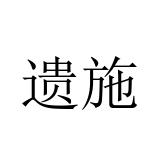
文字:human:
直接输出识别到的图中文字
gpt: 遗施